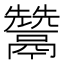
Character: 𩱕